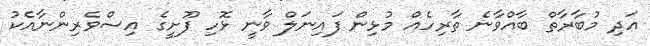
އަދި މުބާރާތް ބާއްވާނެ ތާރިހެއް މުޅިން ފައިނަލް ވާނީ ޅޮހި ފޫށީގެ އިސްވެރިންނާއެކު